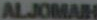
ALJOMAIN